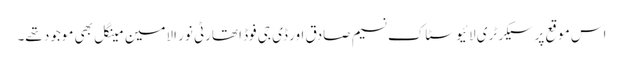
اس موقع پر سیکرٹری لائیو سٹاک نسیم صادق اور ڈی جی فوڈ اتھارٹی نور الامین مینگل بھی موجود تھے۔